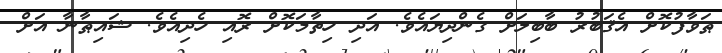
ޠަވާފުކޮށް އެޤަބުރު ބާބިލަށް ގެންދިޔައެވެ. އަދި ހިތާމަކޮށް ރޮއި ހެދިއެވެ. ޝައިޠާނާ އަށް